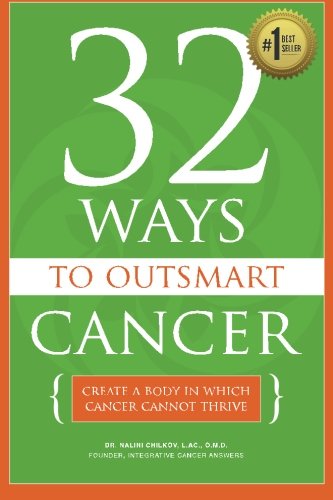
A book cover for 32 Ways To OutSmart Cancer: Create A Body In Which Cancer Cannot Thrive; Dr. Nalini Chilkov LAc OMD; Health, Fitness & Dieting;